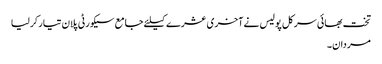
تخت بھائی سرکل پولیس نے آخری عشرے کیلئے جامع سیکورٹی پلان تیار کرلیا
مردان۔